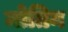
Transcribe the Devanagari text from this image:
मोतिन